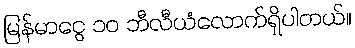
မြန်မာငွေ ၁၀ ဘီလီယံလောက်ရှိပါတယ်။